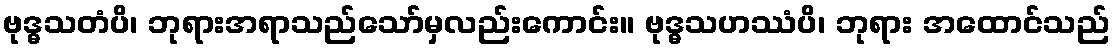
ဗုဒ္ဓသတံပိ၊ ဘုရားအရာသည်သော်မှလည်းကောင်း။ ဗုဒ္ဓသဟဿံပိ၊ ဘုရား အထောင်သည်